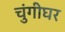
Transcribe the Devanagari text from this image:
चुंगीघर